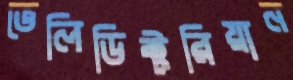
ভেলিডিক্টরিয়ান